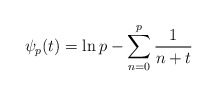
\begin{align*}\psi_p(t)=\ln p - \sum_{n=0}^{p}\frac{1}{n+t}\end{align*}